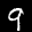
Label: 9